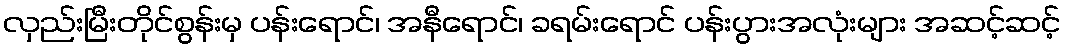
လှည်းမြီးတိုင်စွန်းမှ ပန်းရောင်၊ အနီရောင်၊ ခရမ်းရောင် ပန်းပွားအလုံးများ အဆင့်ဆင့်